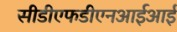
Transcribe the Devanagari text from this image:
सीडीएफडीएनआईआई